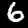
Digit: 6